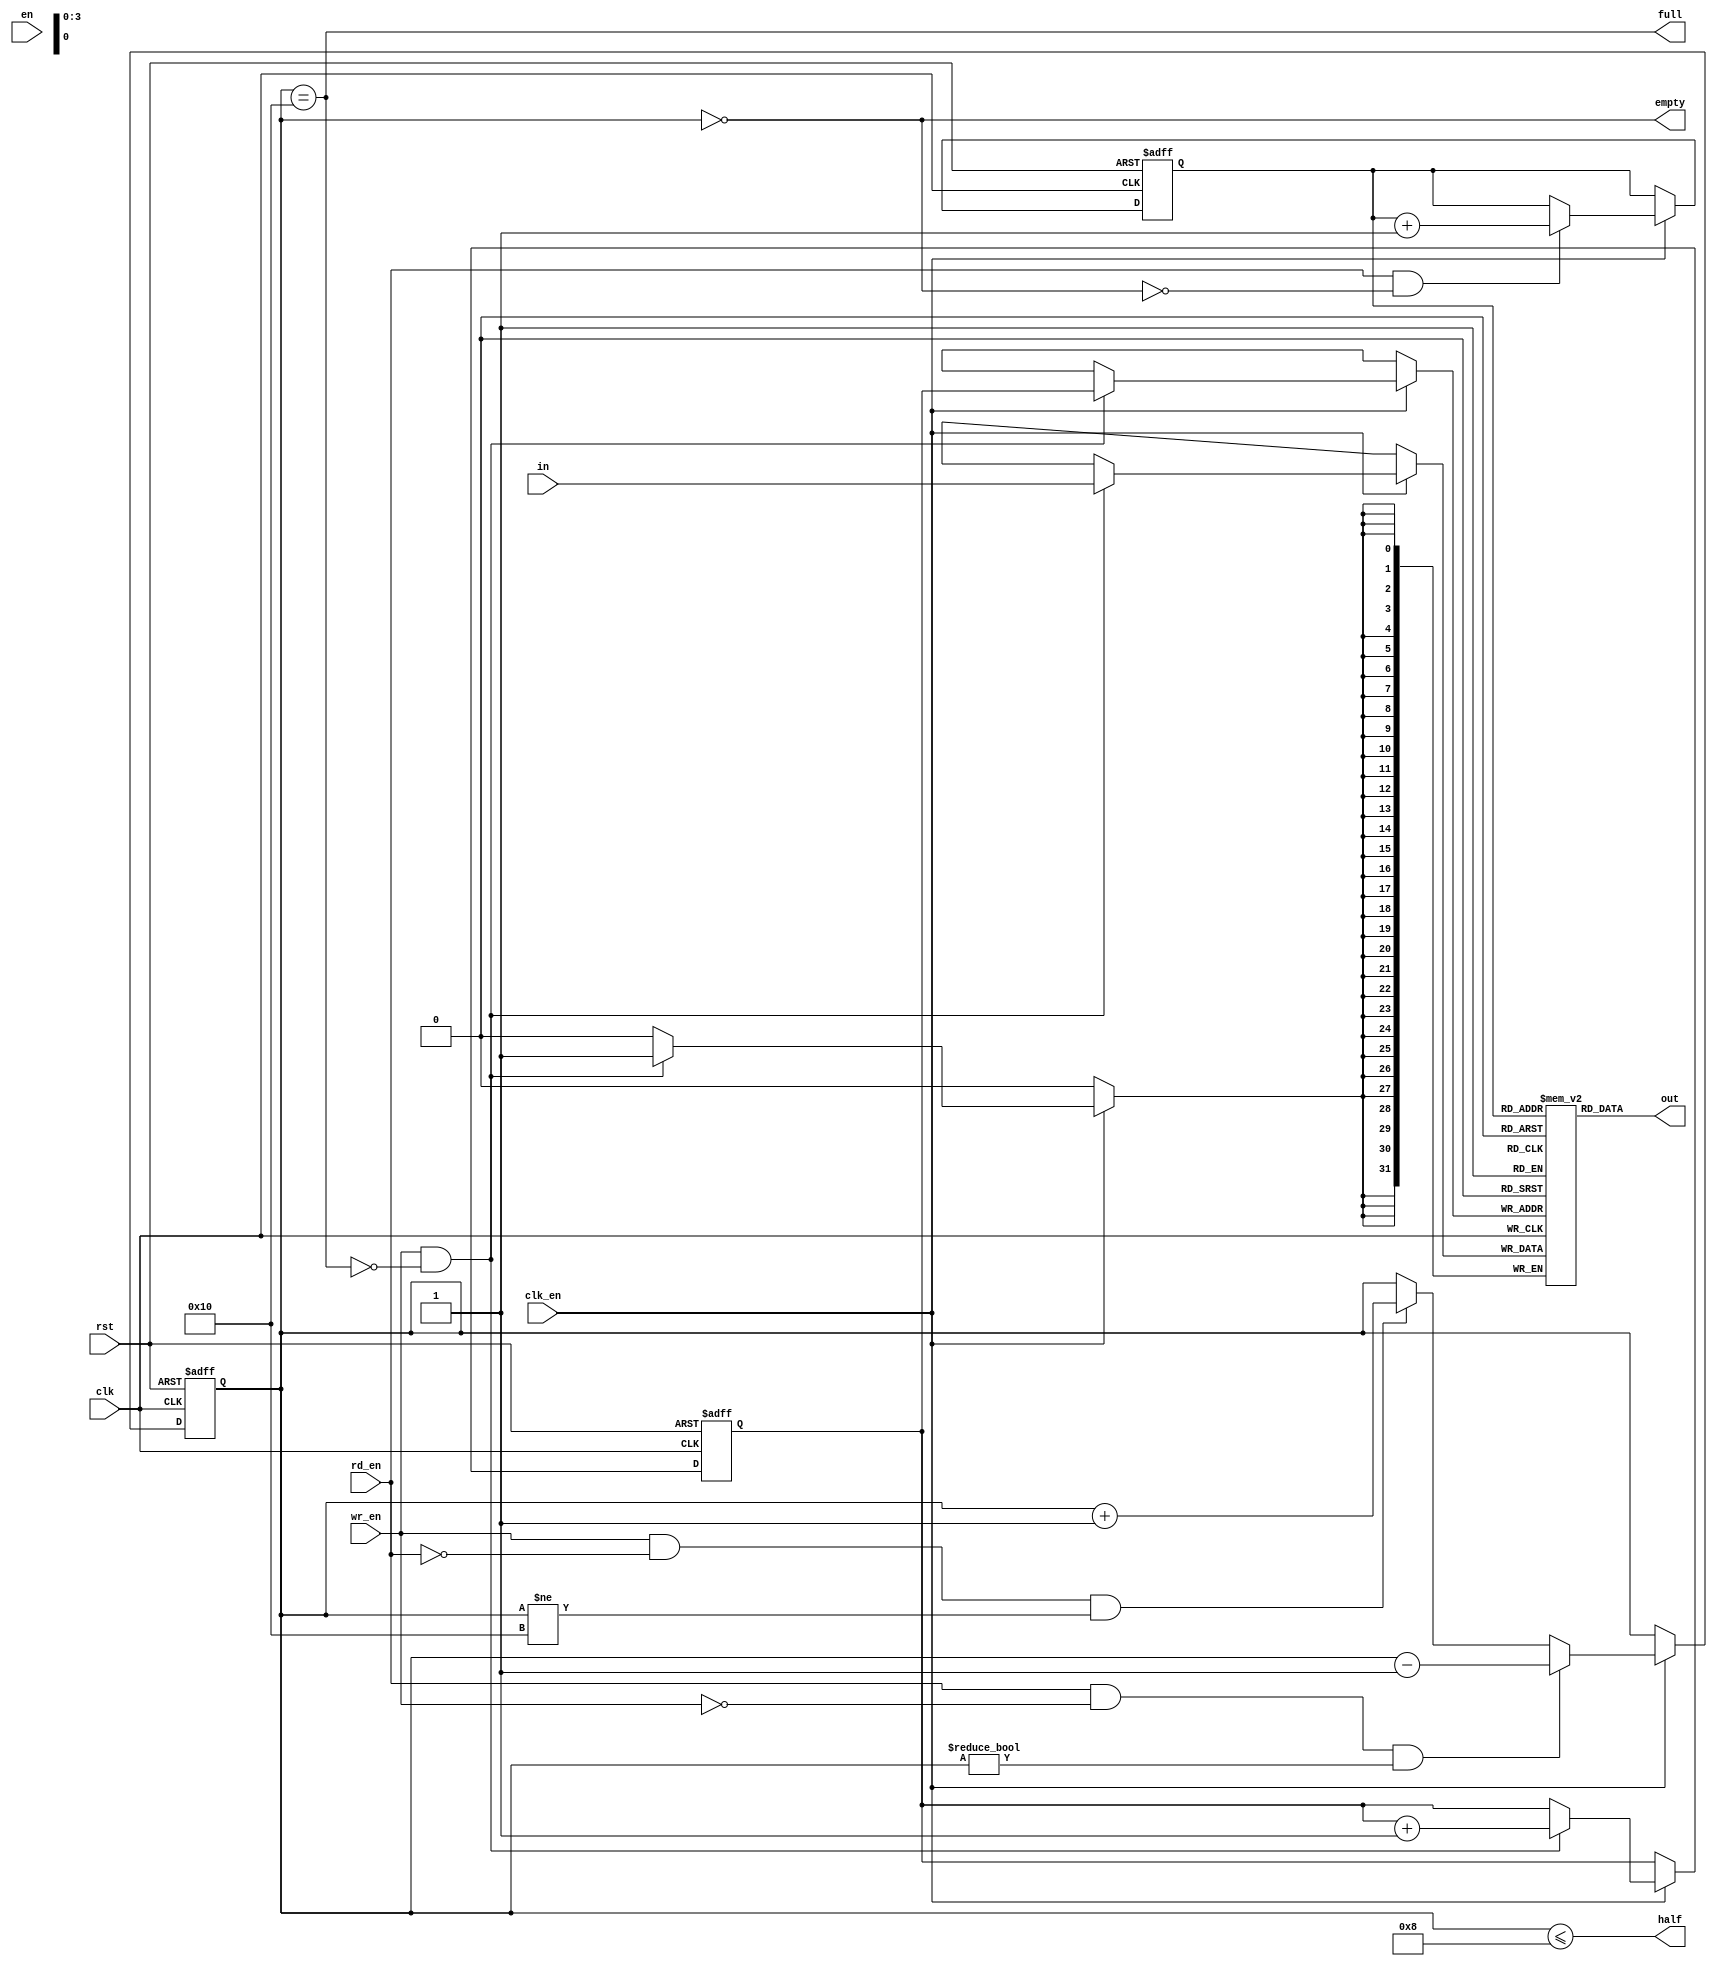
/********************************************/
/* sync_fifo.v                              */
/* simple single-clock fifo                 */
/*                                          */
/* 2011, rok.krajnc@gmail.com               */
/********************************************/


module sync_fifo #(
  parameter FD    = 16,         // fifo depth
  parameter DW    = 32          // data width
)(
  // system
  input  wire           clk,    // clock
  input  wire           clk_en, // clock enable
  input  wire           rst,    // reset
  input  wire           en,     // enable (if !en, reset fifo)
  // fifo input / output
  input  wire [ DW-1:0] in,     // write data
  output wire [ DW-1:0] out,    // read data
  // fifo control
  input  wire           wr_en,  // fifo write enable
  input  wire           rd_en,  // fifo read enable
  // fifo status
  output wire           full,   // fifo full
  output wire           empty,  // fifo empty
  output wire           half    // fifo is less than half full
);


//// log function ////
function integer clog2; 
  input integer value; 
begin 
  value = value-1; 
  for (clog2=0; value>0; clog2=clog2+1) value = value>>1; 
end 
endfunction 


//// local parameters ////
localparam FCW = clog2(FD) + 1;
localparam FPW = clog2(FD);


//// local signals ////
// fifo counter
reg  [FCW-1:0] cnt;

// fifo write & read pointers
reg  [FPW-1:0] wp, rp;

// fifo memory
(* ramstyle = "logic" *) reg  [ DW-1:0] mem [0:FD-1];


//// logic ////

// FIFO write pointer
always @ (posedge clk or posedge rst) begin
  if (rst)
    wp <= #1 1'b0;
  else if (clk_en) begin
    if (wr_en && !full)
      wp <= #1 wp + 1'b1;
  end
end

// FIFO write
always @ (posedge clk) begin
  if (clk_en) begin
    if (wr_en && !full) mem[wp] <= #1 in;
  end
end

// FIFO counter
always @ (posedge clk or posedge rst) begin
  if (rst)
    cnt <= #1 'd0;
  // read & no write
  else if (clk_en) begin
    if (rd_en && !wr_en && (cnt != 'd0))
      cnt <= #1 cnt - 'd1;
    // write & no read
    else if (wr_en && !rd_en && (cnt != FD))
      cnt <= #1 cnt + 'd1;
  end
end

// FIFO full & empty
assign full  = (cnt == (FD));
assign empty = (cnt == 'd0);
assign half  = (cnt <= (FD/2));

// FIFO read pointer
always @ (posedge clk or posedge rst) begin
  if (rst)
    rp <= #1 1'b0;
  else if (clk_en) begin
    if (rd_en && !empty)
      rp <= #1 rp + 1'b1;
  end
end

// FIFO read
assign out = mem[rp];


endmodule